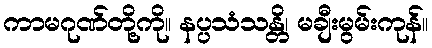
ကာမဂုဏ်တို့ကို။ နပ္ပသံသန္တိ၊ မချီးမွမ်းကုန်။